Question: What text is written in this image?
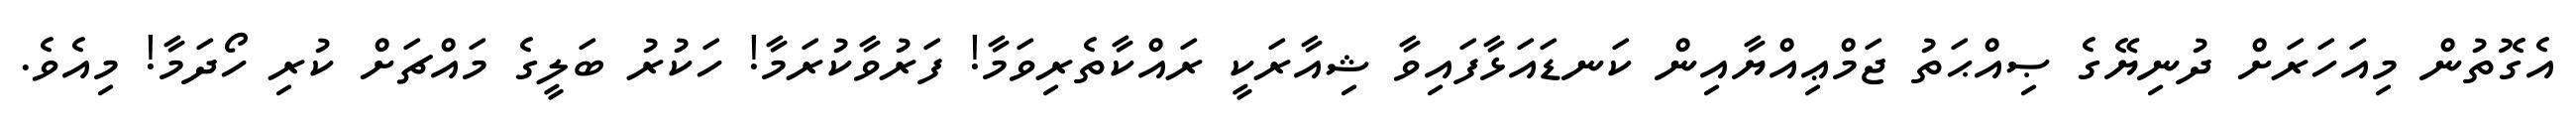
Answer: އެގޮތުން މިއަހަރަށް ދުނިޔޭގެ ޞިއްޙަތު ޖަމްޢިއްޔާއިން ކަނޑައަޅާފައިވާ ޝިއާރަކީ ރައްކާތެރިވަމާ! ފަރުވާކުރަމާ! ހަކުރު ބަލީގެ މައްޗަށް ކުރި ހޯދަމާ! މިއެވެ.